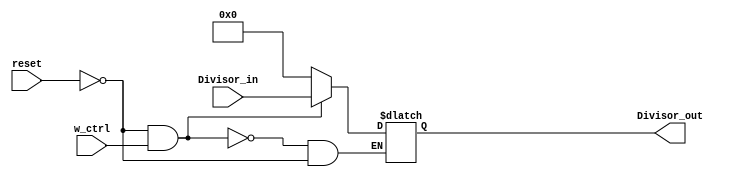
module Divisor (
    input [31:0] Divisor_in,
    input reset,w_ctrl,
    output reg [31:0] Divisor_out
);
    reg [31:0] Divisor_reg;
    always @(reset or w_ctrl or Divisor_in) begin
        if (reset == 1) begin
            Divisor_out[31:0] = 0;
            Divisor_reg[31:0] = Divisor_in[31:0];
        end
        if (reset == 0 && w_ctrl == 1) begin
            Divisor_out[31:0] =  Divisor_reg[31:0];
        end
    end
endmodule